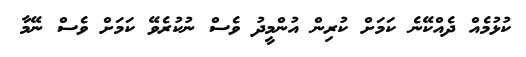
ކުޅުމެއް ދެއްކޭނެ ކަމަށް ކުރިން އުންމީދު ވެސް ނުކުރެވޭ ކަމަށް ވެސް ނޭމާ